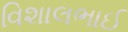
વિશાલભાઈ